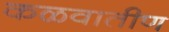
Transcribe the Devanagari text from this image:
कळवातीण